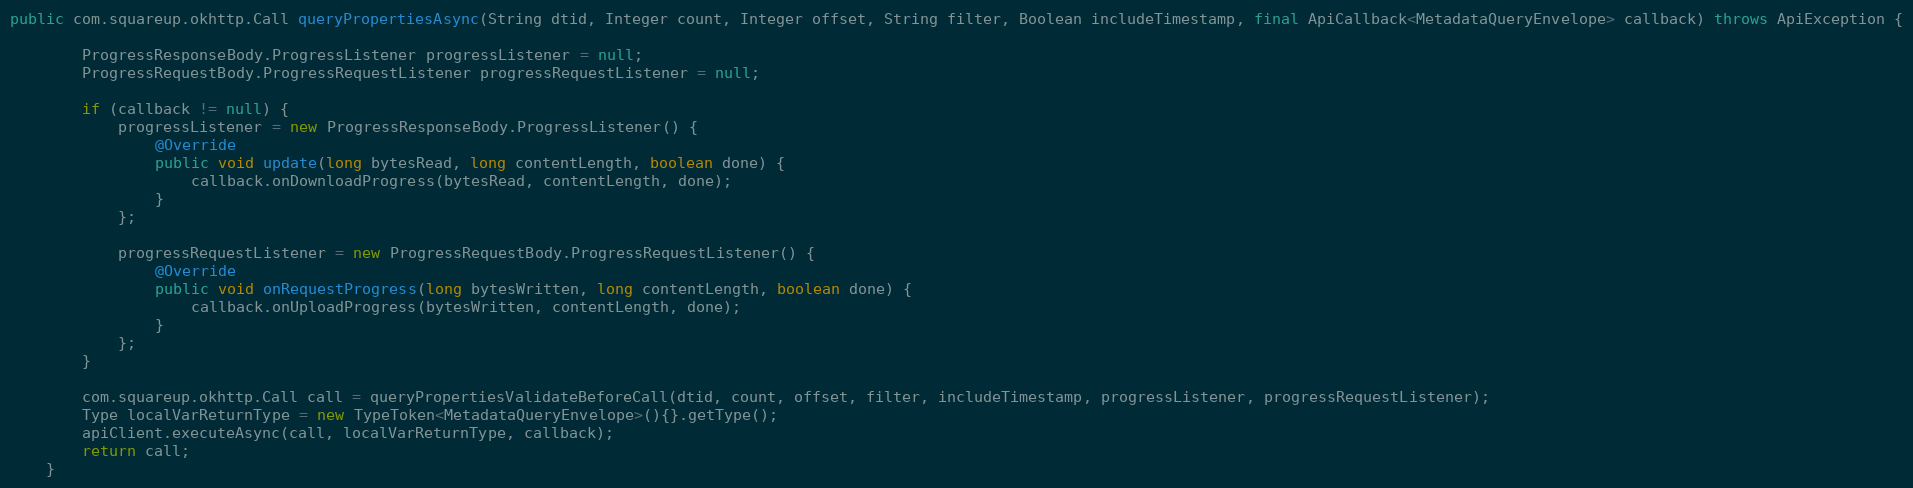
Language: Java
public com.squareup.okhttp.Call queryPropertiesAsync(String dtid, Integer count, Integer offset, String filter, Boolean includeTimestamp, final ApiCallback<MetadataQueryEnvelope> callback) throws ApiException {

        ProgressResponseBody.ProgressListener progressListener = null;
        ProgressRequestBody.ProgressRequestListener progressRequestListener = null;

        if (callback != null) {
            progressListener = new ProgressResponseBody.ProgressListener() {
                @Override
                public void update(long bytesRead, long contentLength, boolean done) {
                    callback.onDownloadProgress(bytesRead, contentLength, done);
                }
            };

            progressRequestListener = new ProgressRequestBody.ProgressRequestListener() {
                @Override
                public void onRequestProgress(long bytesWritten, long contentLength, boolean done) {
                    callback.onUploadProgress(bytesWritten, contentLength, done);
                }
            };
        }

        com.squareup.okhttp.Call call = queryPropertiesValidateBeforeCall(dtid, count, offset, filter, includeTimestamp, progressListener, progressRequestListener);
        Type localVarReturnType = new TypeToken<MetadataQueryEnvelope>(){}.getType();
        apiClient.executeAsync(call, localVarReturnType, callback);
        return call;
    }